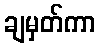
ချမှတ်ကာ